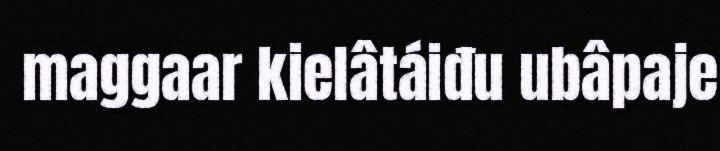
maggaar kielâtáiđu ubâpaje